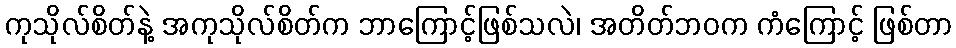
ကုသိုလ်စိတ်နဲ့ အကုသိုလ်စိတ်က ဘာကြောင့်ဖြစ်သလဲ၊ အတိတ်ဘဝက ကံကြောင့် ဖြစ်တာ